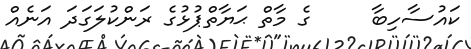
ކައުސާހިބާ     ގެ މާތް ޙަޔާތްޕުޅުގެ ރަންކުލަގަދަ އަނެއް